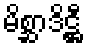
မိစ္ဆာဒိဋ္ဌီ